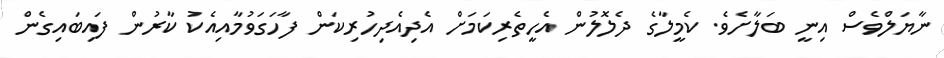
ނާޔަލްވެސް އިނީ ބަލާށެވެ. ކެމީލާގެ ދެލޮލުން އެހީތެރިކަމަށް އެދިއެދިހުރިކަން ފާހަގަވުމާއިއެކު ކާރުން ފައިބައިގެން